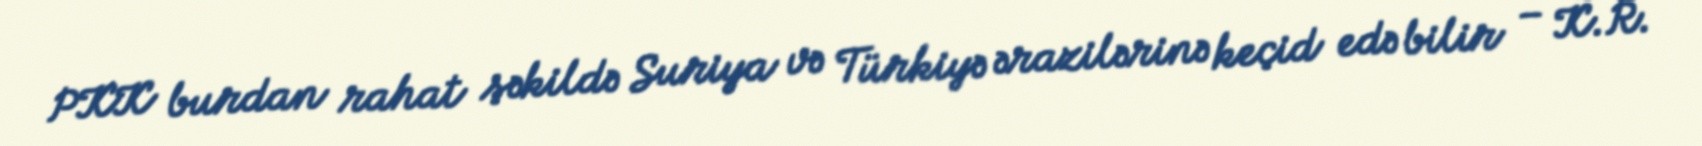
PKK burdan rahat şəkildə Suriya və Türkiyə ərazilərinə keçid edə bilir – K.R.